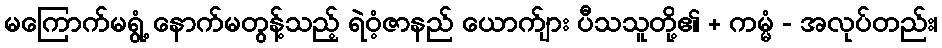
မကြောက်မရွံ့ နောက်မတွန့်သည့် ရဲဝံ့ဇာနည် ယောက်ျား ပီသသူတို့၏ + ကမ္မံ - အလုပ်တည်း၊